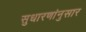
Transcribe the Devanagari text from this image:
सुधारणांनुसार